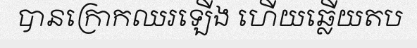
បានក្រោកឈរឡើង ហើយឆ្លើយតប